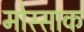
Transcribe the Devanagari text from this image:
मोस्साक